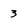
Character: 3